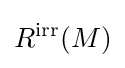
R^{\mathrm {irr} }(M)